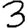
Digit: 3